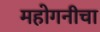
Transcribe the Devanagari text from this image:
महोगनीचा